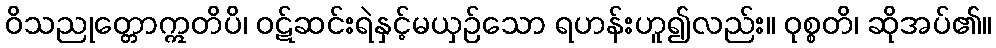
ဝိသညုတ္တောဣတိပိ၊ ဝဋ်ဆင်းရဲနှင့်မယှဉ်သော ရဟန်းဟူ၍လည်း။ ဝုစ္စတိ၊ ဆိုအပ်၏။